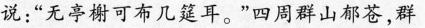
说：”无亭榭可布几筵耳。”四周群山郁苍，群木